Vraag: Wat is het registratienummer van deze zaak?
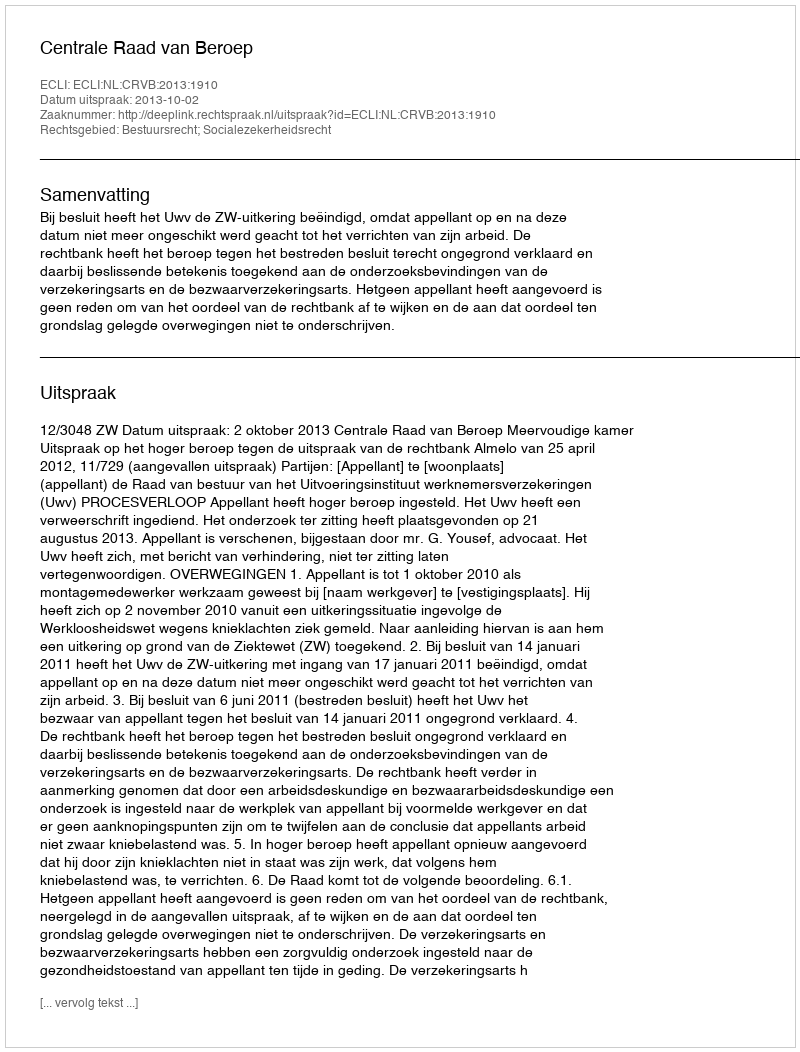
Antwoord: http://deeplink.rechtspraak.nl/uitspraak?id=ECLI:NL:CRVB:2013:1910